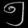
Digit: ၅